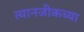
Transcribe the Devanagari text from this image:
त्यानजीकच्या